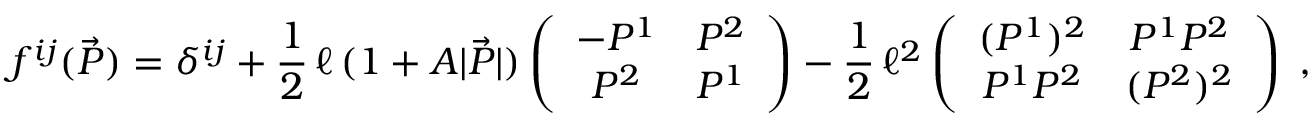
f ^ { i j } ( \vec { P } ) = \delta ^ { i j } + \frac { 1 } { 2 } \, \ell \, ( 1 + A | \vec { P } | ) \left( \begin{array} { c c } { - P ^ { 1 } } & { P ^ { 2 } } \\ { P ^ { 2 } } & { P ^ { 1 } } \end{array} \right) - \frac { 1 } { 2 } \, \ell ^ { 2 } \left( \begin{array} { c c } { ( P ^ { 1 } ) ^ { 2 } } & { P ^ { 1 } P ^ { 2 } } \\ { P ^ { 1 } P ^ { 2 } } & { ( P ^ { 2 } ) ^ { 2 } } \end{array} \right) \; ,